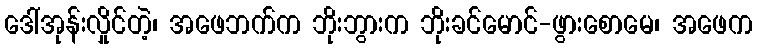
ဒေါ်အုန်းလှိုင်တဲ့၊ အဖေဘက်က ဘိုးဘွားက ဘိုးခင်မောင်-ဖွားစောမေ၊ အဖေက